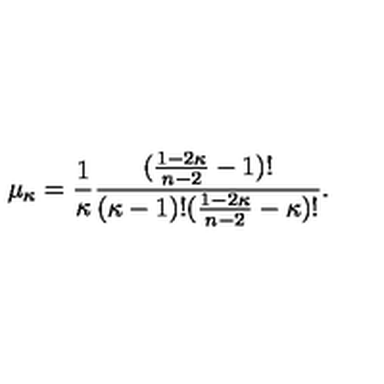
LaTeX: \mu _ { \kappa } = \frac { 1 } { \kappa } \frac { ( \frac { 1 - 2 \kappa } { n - 2 } - 1 ) ! } { ( \kappa - 1 ) ! ( \frac { 1 - 2 \kappa } { n - 2 } - \kappa ) ! } .